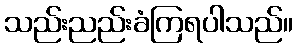
သည်းညည်းခံကြရပါသည်။